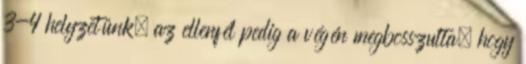
3-4 helyzetünk, az ellenfél pedig a végén megbosszulta, hogy